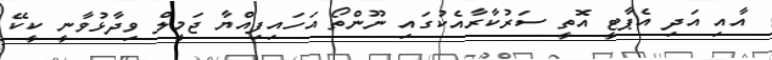
އާއި އަދި އެޕާޓީ އޮތީ ސަރުކާރާއެކުގައި ނޫންތޯ އަހައިފިއްޔާ ޖަމީލް ވިދާޅުވާނީ ކީކޭ